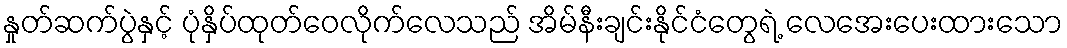
နှုတ်ဆက်ပွဲနှင့် ပုံနှိပ်ထုတ်ဝေလိုက်လေသည် အိမ်နီးချင်းနိုင်ငံတွေရဲ့ လေအေးပေးထားသော